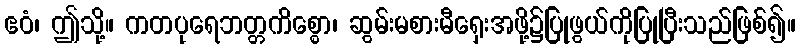
ဧဝံ၊ ဤသို့။ ကတပုရေဘတ္တကိစ္စော၊ ဆွမ်းမစားမီရှေးအဖို့၌ပြုဖွယ်ကိုပြုပြီးသည်ဖြစ်၍။